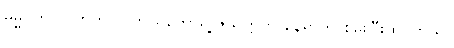
ဓမ္မဂုတ်။ ။ ဟဲဟဲ ... ကိုယ်တော်ရဲ့ ဇွဲသတ္တိကို နေရာက စမ်းပြီးထင်တယ်။